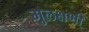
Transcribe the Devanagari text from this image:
मुलक्षणी